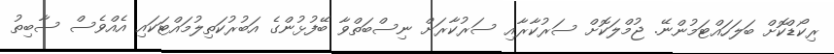
ރިކޯޑްކޮށް ބަލަހައްޓަމުންނޭ. ޖުމްލަކޮށް ސަރުކާރާއި ސަރުކާރަށް ނިސްބަތްވާ ބޭފުޅުންގެ އަބުރުކަތިލުމައްޓަކައި އެއްވެސް ސާބިތު